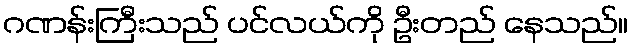
ဂဏန်းကြီးသည် ပင်လယ်ကို ဦးတည် နေသည်။